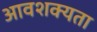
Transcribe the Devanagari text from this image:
आवशक्यता